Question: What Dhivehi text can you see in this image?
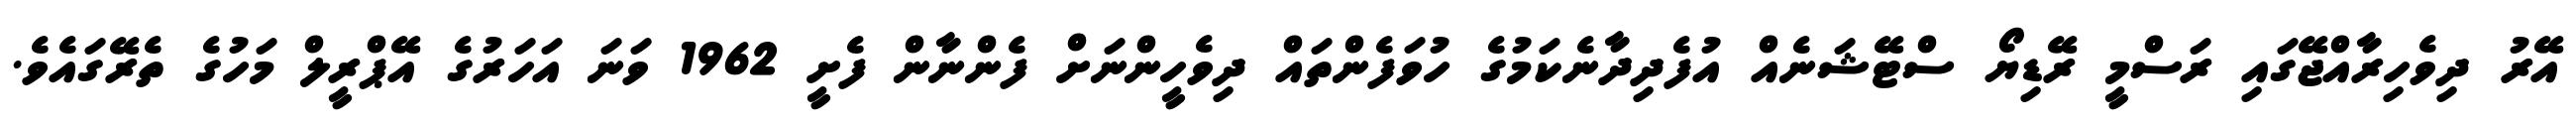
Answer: އޭރު ދިވެހިރާއްޖޭގައި ރަސްމީ ރޭޑިޔޯ ސްޓޭޝަނެއް އުފެދިދާނެކަމުގެ ހުވަފެންތައް ދިވެހީންނަށް ފެންނާން ފެށީ 1962 ވަނަ އަހަރުގެ އޭޕްރީލް މަހުގެ ތެރޭގައެވެ.